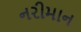
નરીમાન